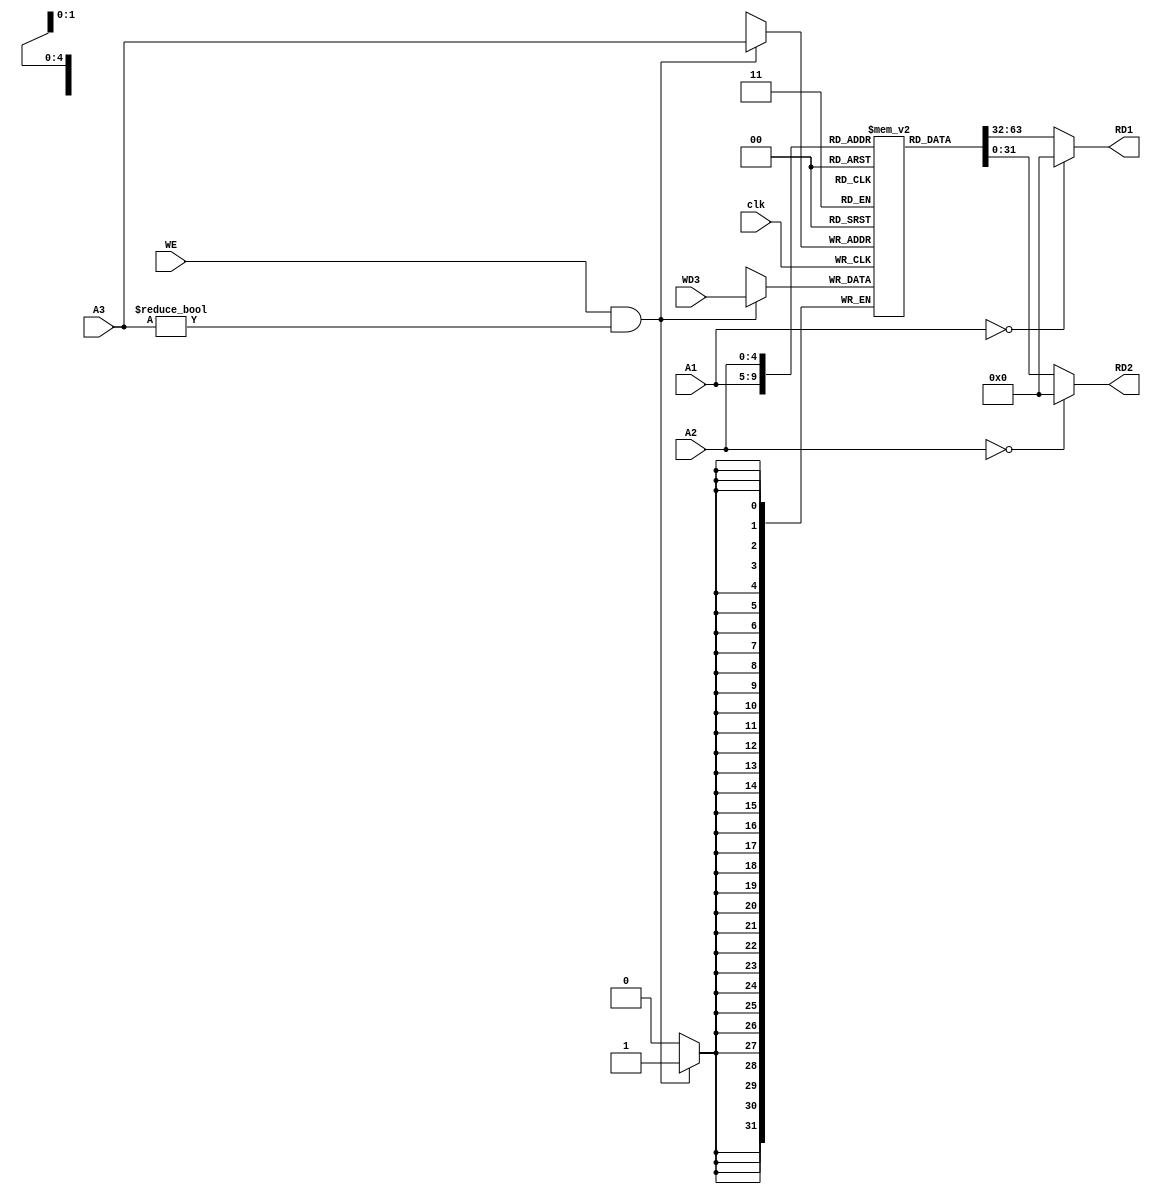
module rf_riscv(
        input           clk,
        input           WE,
        
        input [4:0]    A1,
        input [4:0]    A2,
        input [4:0]    A3,
        
        input   [31:0]    WD3,
        output  [31:0]    RD1,
        output  [31:0]    RD2
    );
    
    initial begin 
         REGS[0] = 32'b0;
    end
    
    reg [31:0] REGS [0:31];
    
    assign RD1 = A1 == 5'b0 ? 32'b0 : REGS[A1];
    assign RD2 = A2 == 5'b0 ? 32'b0 : REGS[A2];
   
    always @ (posedge clk) begin
        if (WE && (A3 != 5'b0)) begin
            REGS[A3] <= WD3;
        end
    end 
endmodule